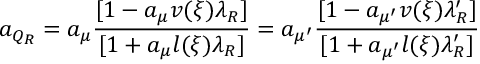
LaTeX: a _ { Q _ { R } } = a _ { \mu } \frac { [ 1 - a _ { \mu } v ( \xi ) \lambda _ { R } ] } { [ 1 + a _ { \mu } l ( \xi ) \lambda _ { R } ] } = a _ { \mu ^ { \prime } } \frac { [ 1 - a _ { \mu ^ { \prime } } v ( \xi ) \lambda _ { R } ^ { \prime } ] } { [ 1 + a _ { \mu ^ { \prime } } l ( \xi ) \lambda _ { R } ^ { \prime } ] }